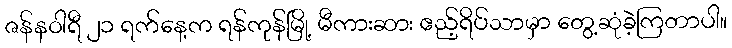
ဇန်နဝါရီ ၂၁ ရက်နေ့က ရန်ကုန်မြို့ မီကားဆား ဧည့်ရိပ်သာမှာ တွေ့ဆုံခဲ့ကြတာပါ။